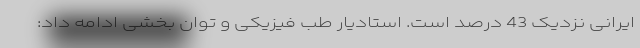
ایرانی نزدیک 43 درصد است. استادیار طب فیزیکی و توان بخشی ادامه داد: